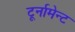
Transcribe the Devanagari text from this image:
टूर्नामेन्ट